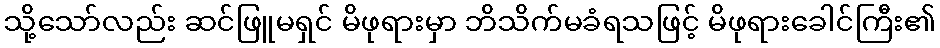
သို့သော်လည်း ဆင်ဖြူမရှင် မိဖုရားမှာ ဘိသိက်မခံရသဖြင့် မိဖုရားခေါင်ကြီး၏